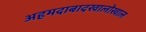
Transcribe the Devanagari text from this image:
अहमदाबादखालोखाल